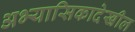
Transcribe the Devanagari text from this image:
अभ्यासिकादेखील